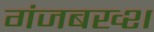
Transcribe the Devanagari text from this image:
गंजबख्श